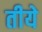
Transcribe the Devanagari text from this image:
तीये